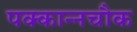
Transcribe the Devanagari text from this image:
पक्कान्नचौक